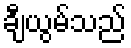
ချီယွမ်သည်